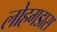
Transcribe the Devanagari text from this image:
लोहगडास